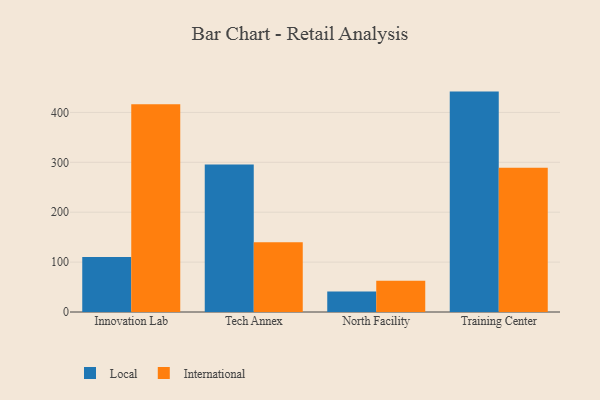
{"axis": {"x": "Campus", "y": "Budget (USD K)"}, "legend": ["International", "Local"], "data": [{"x": "Innovation Lab", "y": 110.1, "type": "Local"}, {"x": "Innovation Lab", "y": 416.4, "type": "International"}, {"x": "Tech Annex", "y": 295.7, "type": "Local"}, {"x": "Tech Annex", "y": 139.8, "type": "International"}, {"x": "North Facility", "y": 40.9, "type": "Local"}, {"x": "North Facility", "y": 62.4, "type": "International"}, {"x": "Training Center", "y": 441.7, "type": "Local"}, {"x": "Training Center", "y": 289.0, "type": "International"}]}